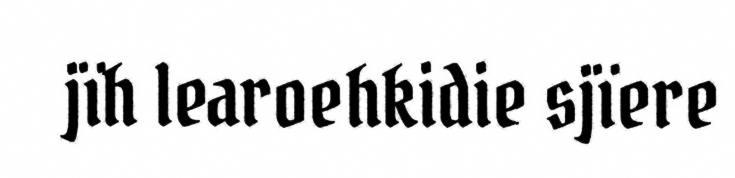
jïh learoehkidie sjïere